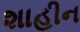
શાહીન